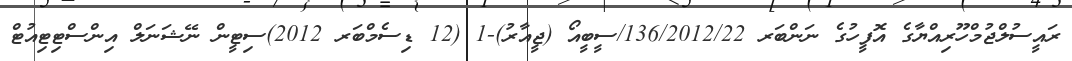
ރައީސުލްޖުމްހޫރިއްޔާގެ އޮފީހުގެ ނަންބަރ 136/2012/22/ސީބީއޯ (ޖީއާރު)-1 (12 ޑިސެމްބަރ 2012)ސިޓީން ނޭޝަނަލް އިންސްޓިޓިއުޓް